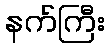
နက်ကြီး